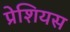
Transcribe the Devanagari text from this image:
प्रेशियस